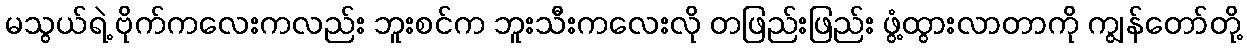
မသွယ်ရဲ့ ဗိုက်ကလေးကလည်း ဘူးစင်က ဘူးသီးကလေးလို တဖြည်းဖြည်း ဖွံ့ထွားလာတာကို ကျွန်တော်တို့